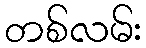
တစ်လမ်း